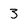
Character: 3